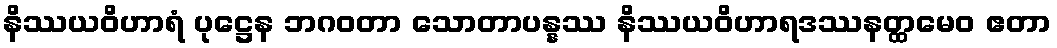
နိဿယဝိဟာရံ ပုဋ္ဌေန ဘဂဝတာ သောတာပန္နဿ နိဿယဝိဟာရဒဿနတ္ထမေဝ ဧတာ